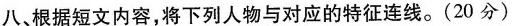
八、根据短文内容,将下列人物与对应的特征连线.(20 分)